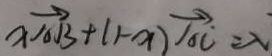
x \overrightarrow { A B } + ( 1 - x ) \overrightarrow { A C } = \lambda